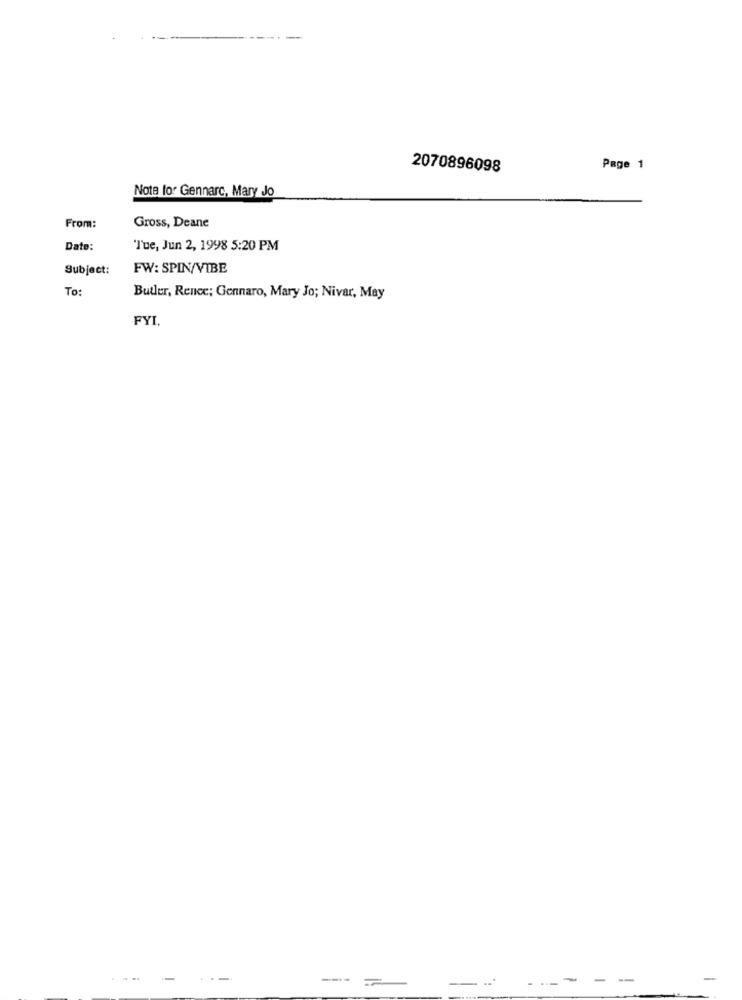
2070896098
Page 1
Note lor Gennarc, Mary Jo
From:
Gross, Deane
Date:
Tue, Jun 2, 1998 5:20 PM
Subject:
FW: SPIN/VIBE
To:
Butler, Rence; Gennaro, Mary Jo; Nivar, May
FYI,